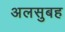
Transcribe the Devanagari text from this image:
अलसुबह